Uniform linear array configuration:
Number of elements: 32
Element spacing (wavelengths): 1
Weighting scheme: cosine
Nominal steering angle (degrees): -60
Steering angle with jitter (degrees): -59.327
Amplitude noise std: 0.05
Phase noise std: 0.05

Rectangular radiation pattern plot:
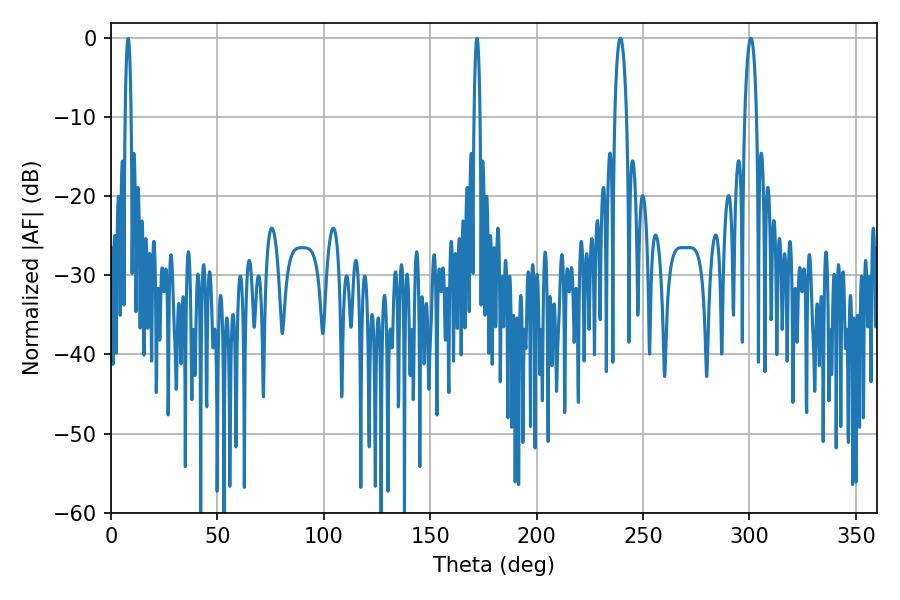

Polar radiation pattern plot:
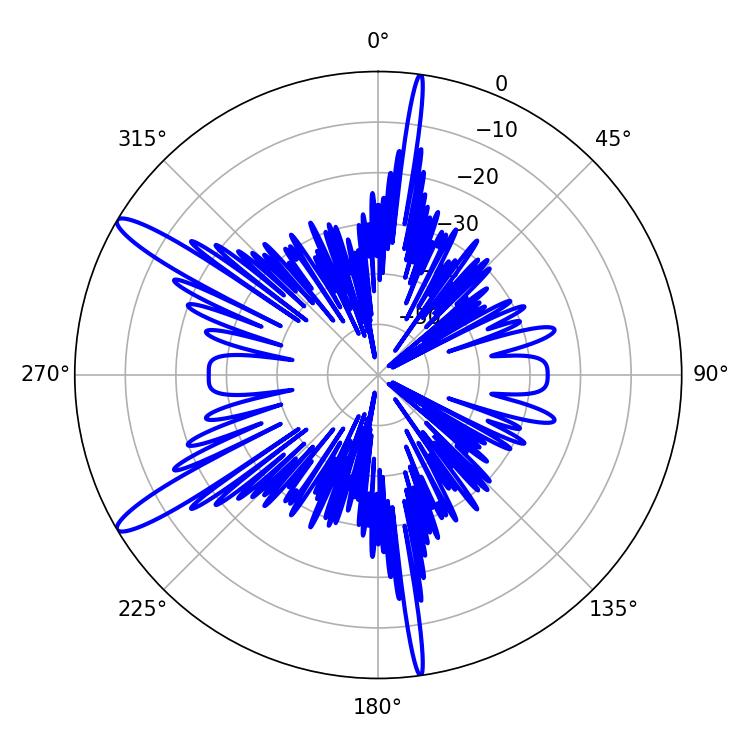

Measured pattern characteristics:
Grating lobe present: TRUE
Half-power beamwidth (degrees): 3.24
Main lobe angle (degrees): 300.6